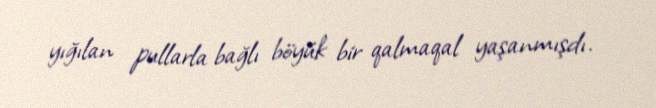
yığılan pullarla bağlı böyük bir qalmaqal yaşanmışdı.